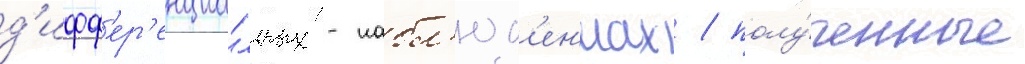
д'ифф'ер'енциа́льных -набл'юд'ен'иах / полу́ченные